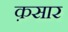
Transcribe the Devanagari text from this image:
क़सार